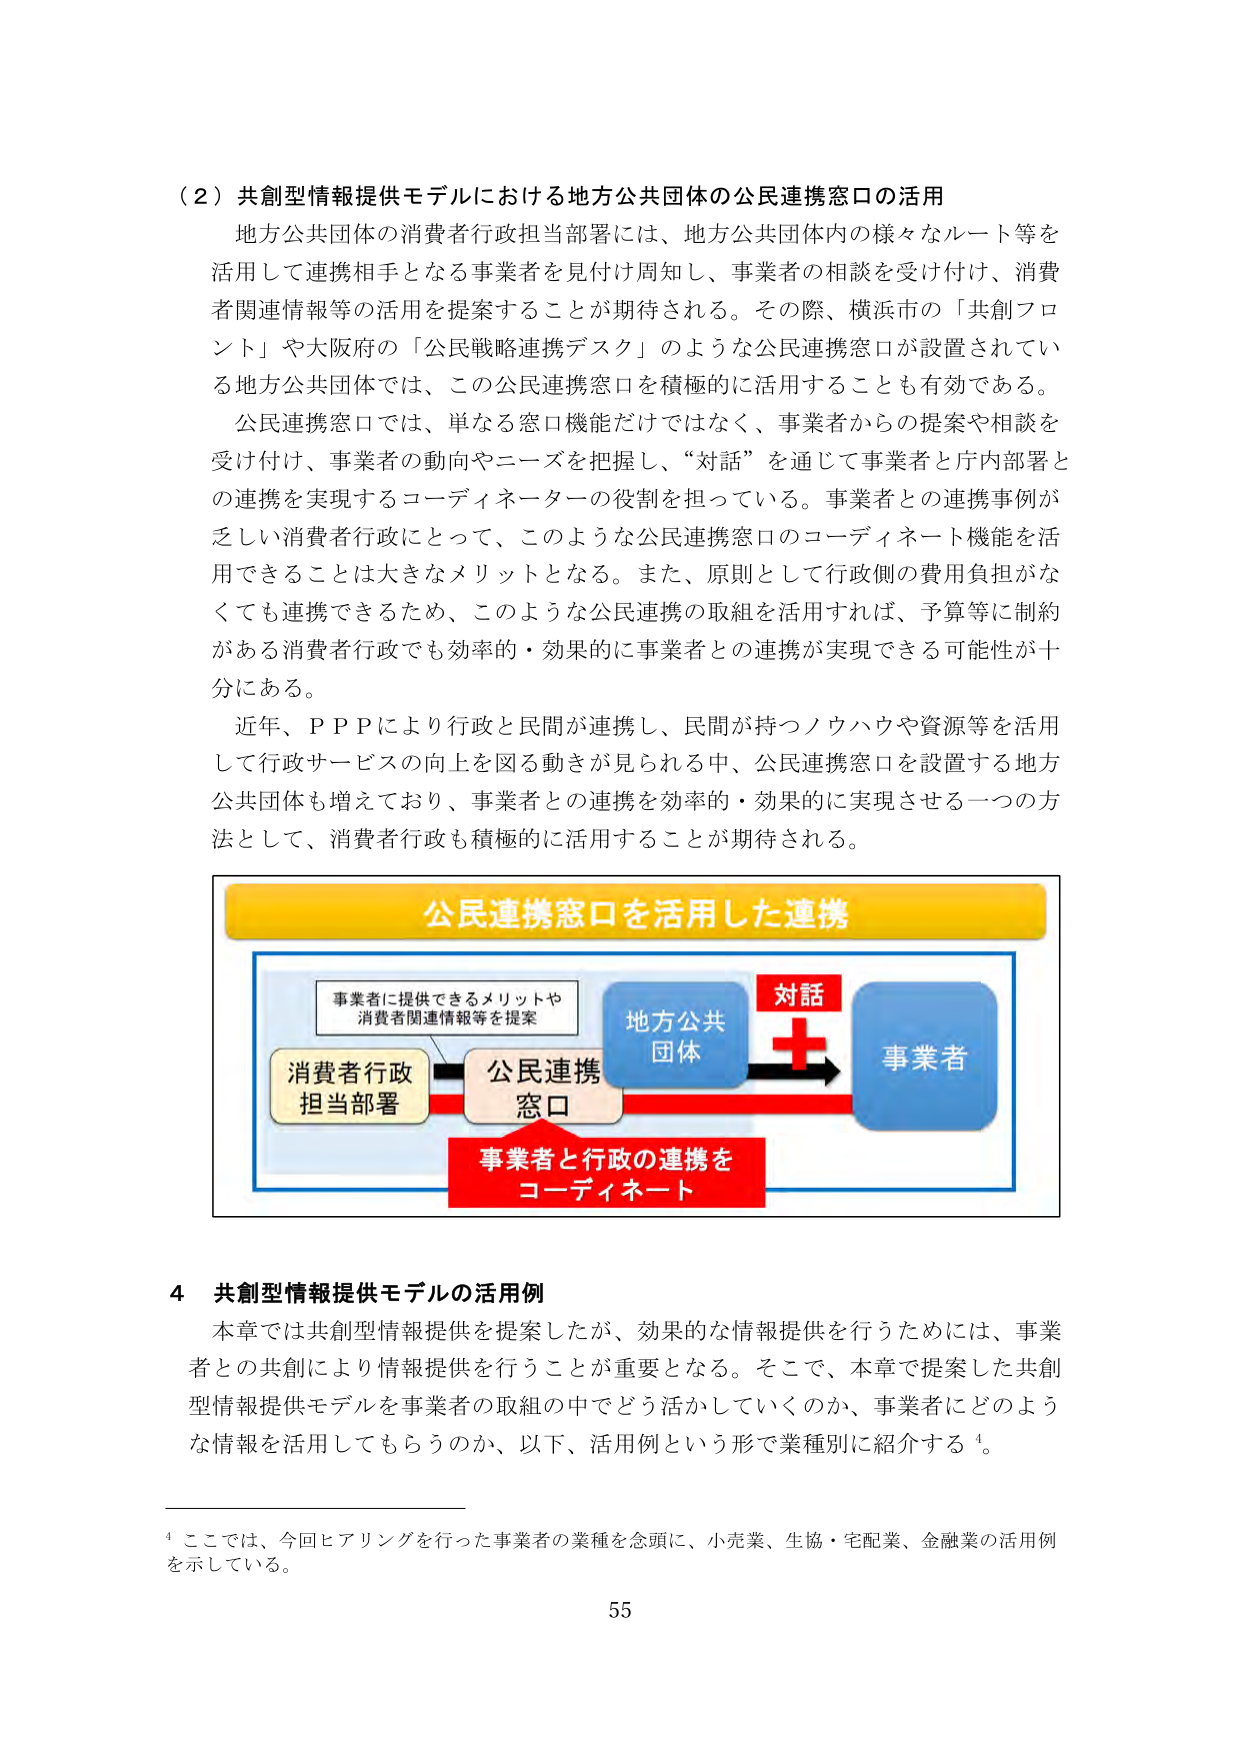
（２）共創型情報提供モデルにおける地方公共団体の公民連携窓口の活用
地方公共団体の消費者行政担当部署には、地方公共団体内の様々なルート等を
活用して連携相手となる事業者を見付け周知し、事業者の相談を受け付け、消費
者関連情報等の活用を提案することが期待される。その際、横浜市の「共創フロ
ント」や大阪府の「公民戦略連携デスク」のような公民連携窓口が設置されてい
る地方公共団体では、この公民連携窓口を積極的に活用することも有効である。
公民連携窓口では、単なる窓口機能だけではなく、事業者からの提案や相談を
受け付け、事業者の動向やニーズを把握し、“対話”を通じて事業者と庁内部署と
の連携を実現するコーディネーターの役割を担っている。事業者との連携事例が
乏しい消費者行政にとって、このような公民連携窓口のコーディネート機能を活
用できることは大きなメリットとなる。また、原則として行政側の費用負担がな
くても連携できるため、このような公民連携の取組を活用すれば、予算等に制約
がある消費者行政でも効率的・効果的に事業者との連携が実現できる可能性が十
分にある。
近年、ＰＰＰにより行政と民間が連携し、民間が持つノウハウや資源等を活用
して行政サービスの向上を図る動きが見られる中、公民連携窓口を設置する地方
公共団体も増えており、事業者との連携を効率的・効果的に実現させる一つの方
法として、消費者行政も積極的に活用することが期待される。

公民連携窓口を活用した連携
事業者に提供できるメリットや
消費者関連情報等を提案
消費者行政
担当部署
公民連携
窓口
地方公共
団体
対話
＋
事業者
事業者と行政の連携を
コーディネート

４ 共創型情報提供モデルの活用例
本章では共創型情報提供を提案したが、効果的な情報提供を行うためには、事業
者との共創により情報提供を行うことが重要となる。そこで、本章で提案した共創
型情報提供モデルを事業者の取組の中でどう活かしていくのか、事業者にどのよう
な情報を活用してもらうのか、以下、活用例という形で業種別に紹介する⁴。

⁴ ここでは、今回ヒアリングを行った事業者の業種を念頭に、小売業、生協・宅配業、金融業の活用例
を示している。
55